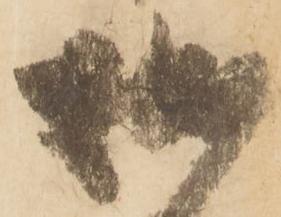
拙